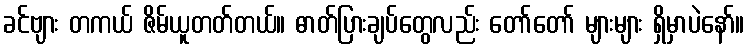
ခင်ဗျား တကယ် ဇိမ်ယူတတ်တယ်။ ဓာတ်ပြားချပ်တွေလည်း တော်တော် များများ ရှိမှာပဲနော်။